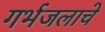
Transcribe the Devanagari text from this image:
गर्भजलाचे